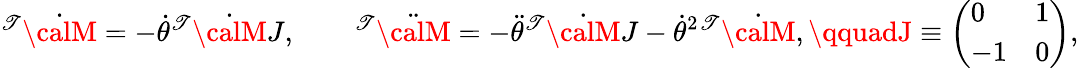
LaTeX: ^{\mathscr{T}}\dot{{\calM}}=-\dot{{\theta}}{}^{\mathscr{T}}\dot{{\calM}}J,\qquad^{\mathscr{T}}\ddot{{\calM}}=-\ddot{{\theta}}{}^{\mathscr{T}}\dot{{\calM}}J-\dot{{\theta}}^{2}{}^{\mathscr{T}}\dot{{\calM}},\qquadJ\equiv\left(\begin{array}{ll}{{0}}&{{1}}\\ {{-1}}&{{0}}\end{array}\right),